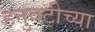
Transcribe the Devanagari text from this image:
हनुवटीच्या